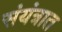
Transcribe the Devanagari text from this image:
संयंत्रात